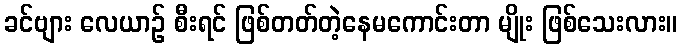
ခင်ဗျား လေယာဉ် စီးရင် ဖြစ်တတ်တဲ့နေမကောင်းတာ မျိုး ဖြစ်သေးလား။